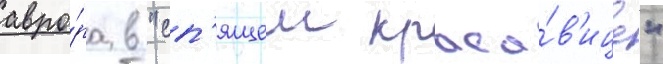
авро́ра в "сп'ящеи краса́в'ице"